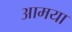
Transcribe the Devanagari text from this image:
आमया